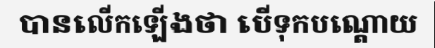
បានលើកឡើងថា បើទុកបណ្តោយ